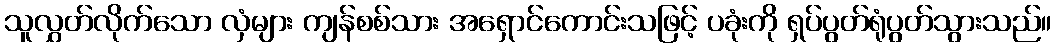
သူလွှတ်လိုက်သော လှံများ ကျန်စစ်သား အရှောင်ကောင်းသဖြင့် ပခုံးကို ရှပ်ပွတ်ရုံပွတ်သွားသည်။